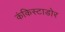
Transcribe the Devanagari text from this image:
कंकिस्टाडोर